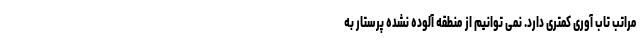
مراتب تاب آوری کمتری دارد. نمی توانیم از منطقه آلوده نشده پرستار به